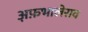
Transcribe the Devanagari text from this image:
अ़फ़भालेराव